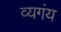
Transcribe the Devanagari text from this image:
व्यगंय